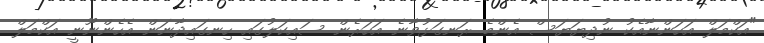
"އަކްމަލް އަހަންނާއެކު ނުދިޔަޔަސް އެންމެ ރަނގަޅުވާނެ އަހަރެން ސައިކަލުގައި ހިނގައިދާނަން އެހެންނޫނީ އަކްމަލް